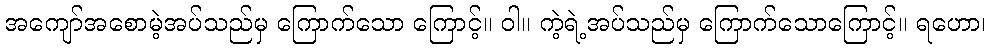
အကျော်အစောမဲ့အပ်သည်မှ ကြောက်သော ကြောင့်။ ဝါ။ ကဲ့ရဲ့အပ်သည်မှ ကြောက်သောကြောင့်။ ရဟော၊